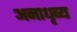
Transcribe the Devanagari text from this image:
अनाधृष्य